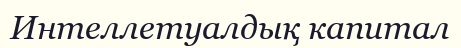
Интеллетуалдық капитал